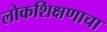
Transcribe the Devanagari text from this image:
लोकशिक्षणाचा